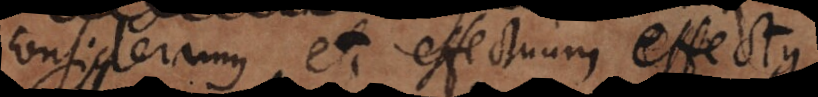
consideramus et effectuum effectus: